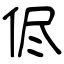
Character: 侭